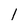
Character: 1